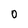
Character: 0